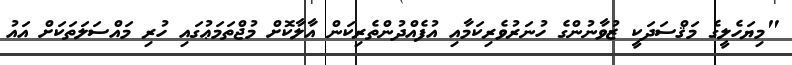
"މިޔަހެލީގެ މަޤްސަދަކީ ޒުވާނުންގެ ހުނަރުވެރިކަމާއި އުފެއްދުންތެރިކަން އާލާކޮށް މުޖްތަމަޢުގައި ހުރި މައްސަލަތަކަށް އައު